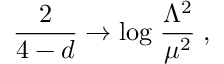
\frac { 2 } { 4 - d } \rightarrow \mathrm { { l o g } } \; \frac { \Lambda ^ { 2 } } { \mu ^ { 2 } } \; , \nonumber